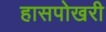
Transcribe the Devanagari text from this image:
हासपोखरी